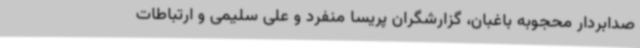
صدابردار محجوبه باغبان، گزارشگران پریسا منفرد و علی سلیمی و ارتباطات